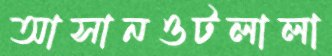
আসানওটলালা